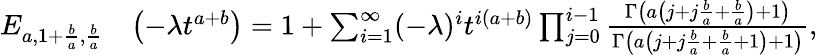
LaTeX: \begin{array}{rl}{E_{a,1+\frac{b}{a},\frac{b}{a}}}&{\left(-\lambda t^{a+b}\right)=1+\sum_{i=1}^{\infty}(-\lambda)^{i}t^{i\left(a+b\right)}\prod_{j=0}^{i-1}\frac{\Gamma\left(a\left(j+j\frac{b}{a}+\frac{b}{a}\right)+1\right)}{\Gamma\left(a\left(j+j\frac{b}{a}+\frac{b}{a}+1\right)+1\right)},}\end{array}